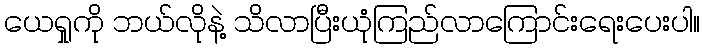
ယေရှုကို ဘယ်လိုနဲ့ သိလာပြီးယုံကြည်လာကြောင်းရေးပေးပါ။